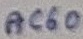
Text: AC60